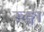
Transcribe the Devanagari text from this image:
रुङ्गा